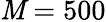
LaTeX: \mathit{M}=500